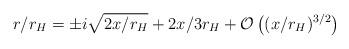
LaTeX: \begin{align*}r/r_H = \pm i \sqrt{2x/r_H} + 2x/3r_H + {\mathcal O}\left((x/r_H)^{3/2}\right)\end{align*}